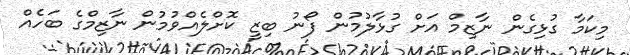
މިކަމާ ގުޅިގެން ނާޒިމް އަށް ގުޅާލުމުން ފޯނު ބިޒީ ކޮށްލެއްވުމުން ނާޒިމްގެ ބަހެއް